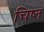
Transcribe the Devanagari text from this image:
चिष्त